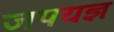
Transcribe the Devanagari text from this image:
जपयज्ञ